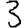
Digit: 3